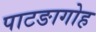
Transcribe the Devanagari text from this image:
पाटङागोह